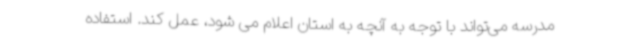
مدرسه می‌تواند با توجه به آنچه به استان اعلام می شود، عمل کند. استفاده